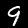
Label: 9